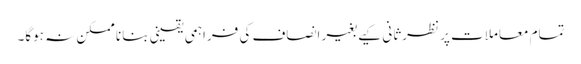
تمام معاملات پر نظرثانی کیے بغیر انصاف کی فراہمی یقینی بنانا ممکن نہ ہوگا۔